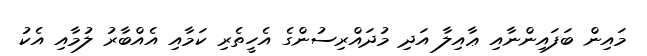
މައިން ބަފައިންނާއި ޢާއިލާ އަދި މުދައްރިސުންގެ އެހީތެރި ކަމާއި އެއްބާރު ލުމާއި އެކު